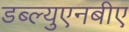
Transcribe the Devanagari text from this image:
डब्ल्युएनबीए